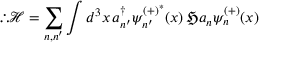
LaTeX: \therefore { \mathcal { H } } = \sum _ { n , n ^ { \prime } } \int d ^ { 3 } x \, a _ { n ^ { \prime } } ^ { \dagger } \psi _ { n ^ { \prime } } ^ { ( + ) ^ { * } } ( x ) \, { \mathfrak { H } } a _ { n } \psi _ { n } ^ { ( + ) } ( x )